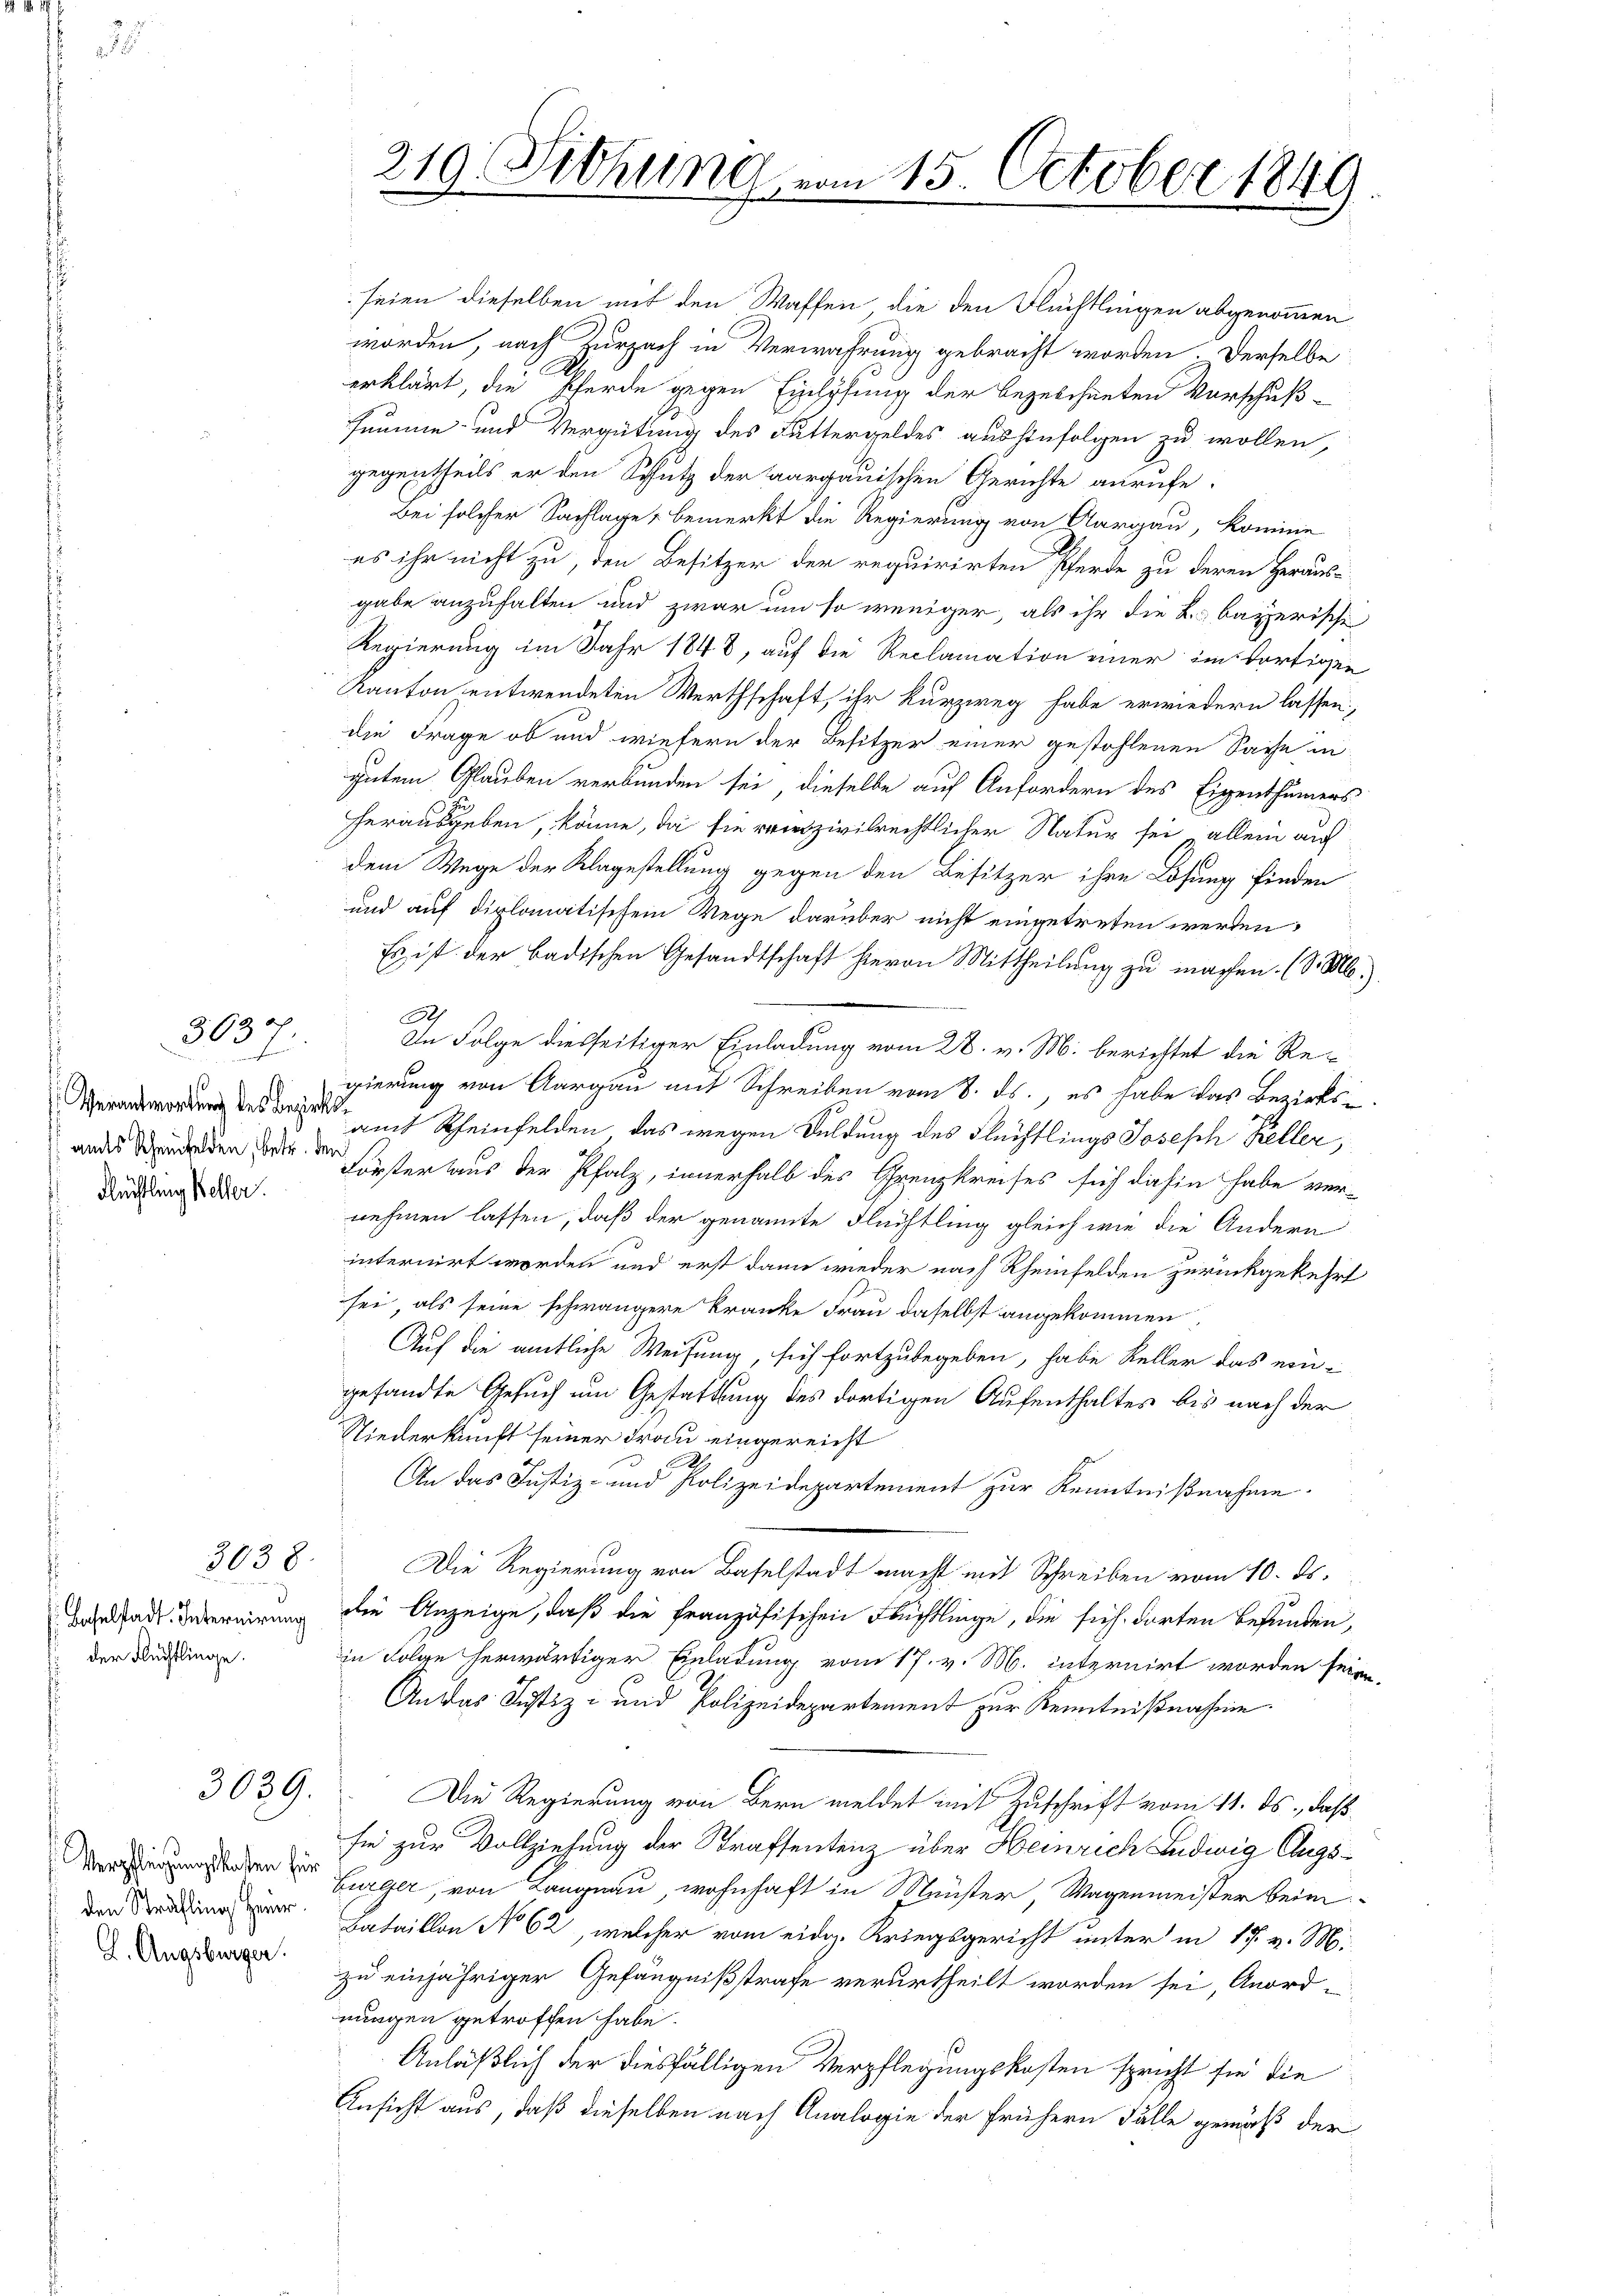
ds
363
f

Verantwortung des Bezirks¬
Flüchtling Keller.

3038.

der Flüchtlinge.

3039.

Verpflegungskosten für
den Sträfling Heuer

219. Sitzung vom 15. October 1849
.

seien dieselben mit den Waffen, die den Flüchtlingen abgenommen
worden, nach Zurzach in Verwahrung gebracht worden. Derselbe
erklärt, die Pferde gegen Einspfung der bezeichneten Vorschuß¬
Jaune und Vergütung des Futtergeldes aushinfolgen zu wollen,
gegentheils er den Schutz der aargauischen Gerichte anrufe.
Bei solcher Sachlage, bemerkt die Regierung von Aargau, Komine
es ihr nicht zu, den Besitzer der requirirten Pferde zu deren Heraus-
gabe anzuhalten und zwar um so weniger, als ihr die L. bayerische
Regierung im Jahr 1848, auf die Reclamation einer im dortigen
Kanton entwendeten Werthschaft, ihr kurzweg habe erwiedern lassen,
die Frage ob und wiefern der Besitzer einer gestohlenen Sache in
gutem Glauben verbunden sei, dieselbe auf Anfordern des Eigenthümers
herausgeben, könne, da sie reizivilrechtlicher Natur sei, „allein auf
dem Wege der Klagestellung gegen den Besitzer ihre Lösung finden
und auf diplomatischem Wege darüber nicht eingetreten werden,
Es ist der badischen Gesandtschaft hievon Mittheilung zu machen. (S. M.)
h
In Folge diesseitiger Einladung vom 28. v. M. berichtet die Regierung von Aargau mit Schreiben vom 8. ds., es habe das Bezirksamt Rheinfelden, das wegen Duldung des Flüchtlings Joseph Keller,
and den die sister aus der Pfalz, innerhalb des Grenzkreises sich dahin habe ver-
nehmen lassen, daß der genannte Flüchtling gleich wie die Andern
internirt worden und erst dann wieder nach Rheinfelden zurückgekehrt
sei, als seine schwängere Kranke Frau daselbst angekommen.
Auf die amtliche Weisung, sich fortzubegeben, habe Keller das ein-
gesandte Gesuch um Gestattung des dortigen Aufenthaltes bis nach der
Niederkunft seiner Frau eingereicht
An das Justiz- und Polizeidepartement zur Kenntnißnahme.
Die Regierung von Baselstadt macht mit Schreiben vom 10. ds.
ad unternirung die Anzeige, daß die französischen Flüchtlinge, die sich dorten befunden,
in Folge herwärtiger Einladung vom 17. v. M. internirt worden seien,
An das Justiz- und Polizeidepartement zur Kenntnißnahme.
Die Regierung von Bern meldet mit Zuschrift vom 11. ds., daß
sie zur Vollziehung der Strafsentenz über Heinrich Ludwig Augs¬
Bürger, von Langnau, wohnhaft in Meister, Magenmeister beim
Bataillon No 62, welcher vom eidg. Kriegsgericht unter in 17. v. M.
a zu einjähriger Gefängnißstrafe verurtheilt worden sei, Anord-
nungen getroffen habe.
Anläßlich der diesfälligen Verpflegungskosten spricht sie die
Ansicht aus, daß dieselben nach Analogie der frühern Fälle gemäß der